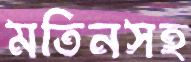
মতিনসহ